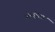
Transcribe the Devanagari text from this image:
कन्हदेश